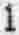
1